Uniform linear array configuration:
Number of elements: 48
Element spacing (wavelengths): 0.5
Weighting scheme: exponential
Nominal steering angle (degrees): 15
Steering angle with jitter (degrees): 15.531
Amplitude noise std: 0.05
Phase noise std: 0.05

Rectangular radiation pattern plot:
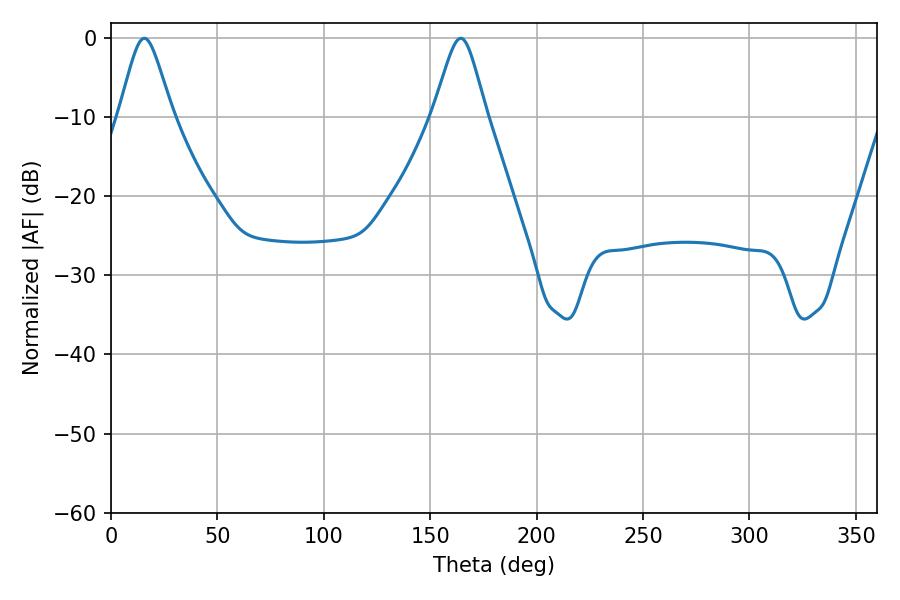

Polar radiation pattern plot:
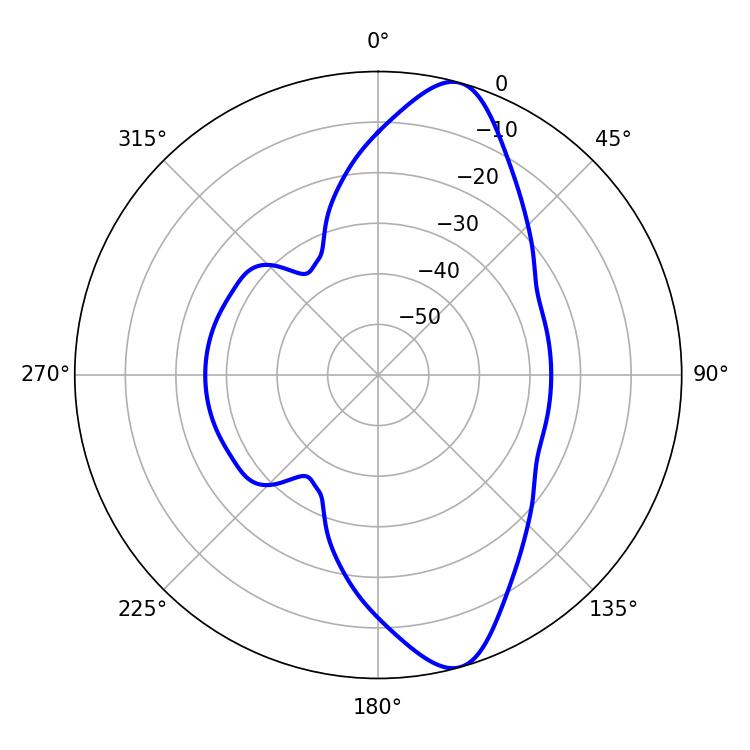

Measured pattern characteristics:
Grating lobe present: FALSE
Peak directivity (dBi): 11.353
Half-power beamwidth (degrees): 12.06
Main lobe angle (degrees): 15.66